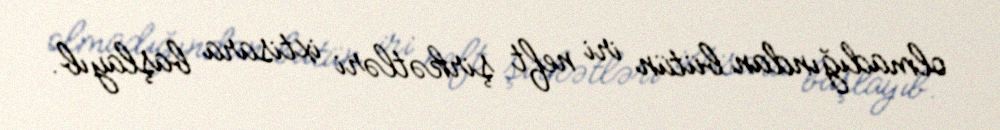
olmadığından bütün iri neft şirkətləri ixtisara başlayıb.